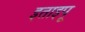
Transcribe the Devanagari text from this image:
इताइपू